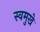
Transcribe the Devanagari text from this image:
स्वमुखे